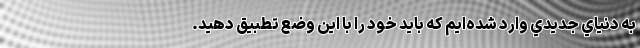
به دنياي جديدي وارد شده‌ايم كه بايد خود را با اين وضع تطبيق دهيد.